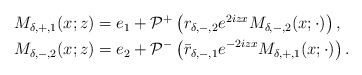
\begin{align*}\begin{aligned}&M_{\delta,+,1}(x ; z)=e_1+\mathcal{P}^+\left(r_{\delta,-,2} e^{2iz x} M_{\delta,-,2}(x; \cdot)\right) , \\&M_{\delta,-,2}(x ; z)=e_2+\mathcal{P}^{-}\left(\bar{r}_{\delta,-,1} e^{-2iz x} M_{\delta,+,1}(x; \cdot)\right) .\end{aligned}\end{align*}